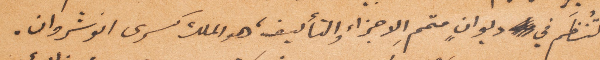
تُنظم في ديوان متمم الأجزاء والتأليف، وهو الملك كسرى انوشروان